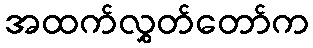
အထက်လွှတ်တော်က